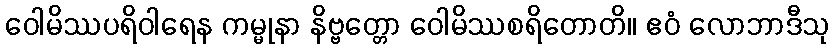
ဝေါမိဿပရိဝါရေန ကမ္မုနာ နိဗ္ဗတ္တော ဝေါမိဿစရိတောတိ။ ဧဝံ လောဘာဒီသု